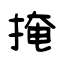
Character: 掩